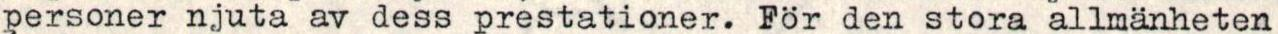
personer njuta av dess prestationer. För den stora allmanheten